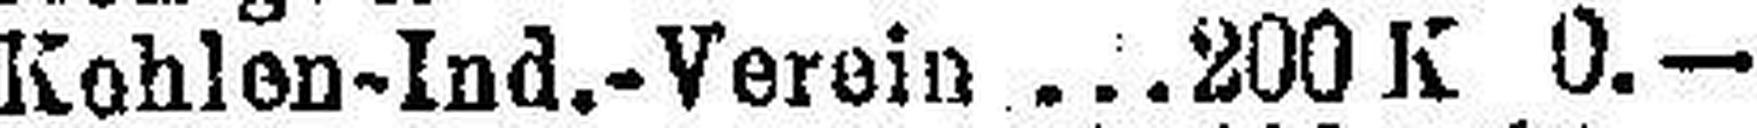
Kohlen-Ind.-Verein  200 K 0.—